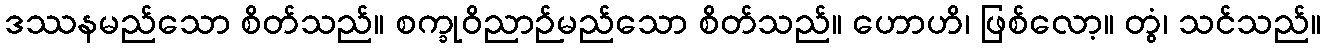
ဒဿနမည်သော စိတ်သည်။ စက္ခုဝိညာဉ်မည်သော စိတ်သည်။ ဟောဟိ၊ ဖြစ်လော့။ တွံ၊ သင်သည်။